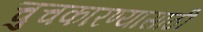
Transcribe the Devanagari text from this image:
चुचकारण्यासाठी